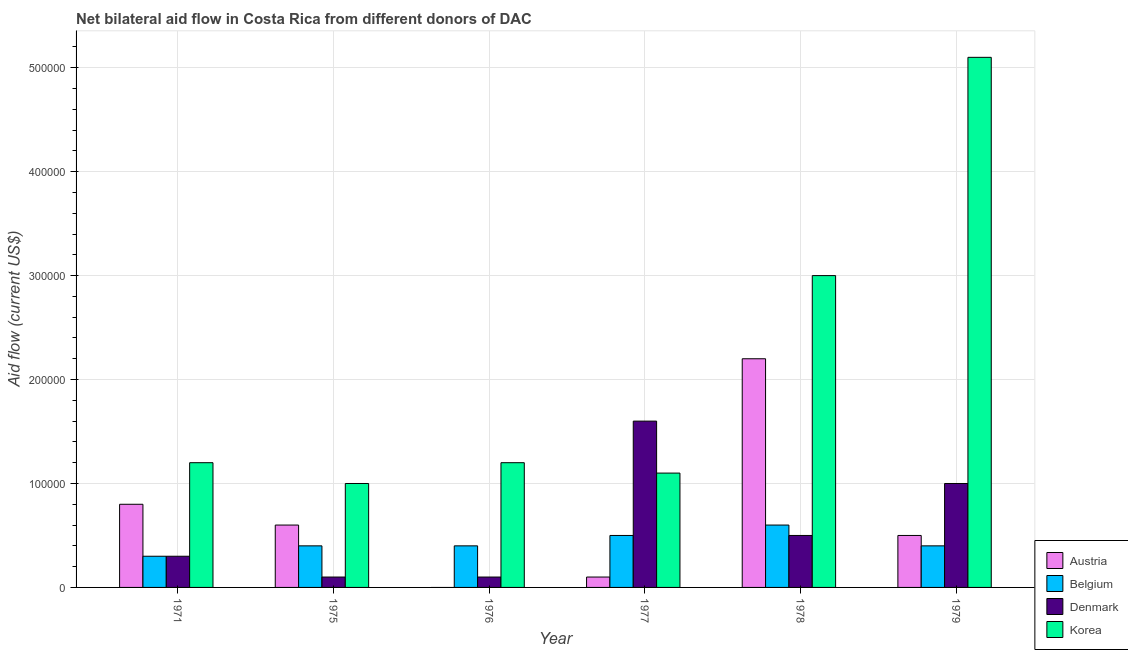
| Year | Austria | Belgium | Denmark | Korea |
 | --- | --- | --- | --- | --- |
 | 1971 | 8e+04 | 3e+04 | 3e+04 | 1.2e+05 |
 | 1975 | 6e+04 | 4e+04 | 1e+04 | 1e+05 |
 | 1976 | -2e+04 | 4e+04 | 1e+04 | 1.2e+05 |
 | 1977 | 1e+04 | 5e+04 | 1.6e+05 | 1.1e+05 |
 | 1978 | 2.2e+05 | 6e+04 | 5e+04 | 3e+05 |
 | 1979 | 5e+04 | 4e+04 | 1e+05 | 5.1e+05 |